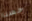
حسنا